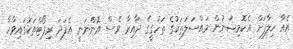
އެއާ ހިލާފަށް އެކޮމިޝަނުން މައްސަލަތަކުގެ ތަހުގީގެ ދާއިރާ ވެސް އޮންނަނީ އެފަދަ ރިޕޯޓްތަކުގައިވާހާ